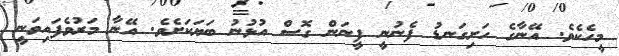
މީހެކެވެ. އޭނާގެ ހަށިގަނޑު ފެނުނީ ފީނަން ގޮސް އުޅުނު ބަޔަކަށެވެ. އޭނާ މަރުވެފައިވަނީ